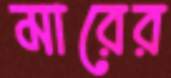
মারের